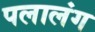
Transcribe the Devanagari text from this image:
पलालंग